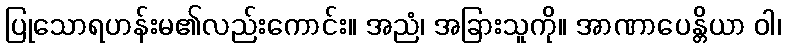
ပြုသောရဟန်းမ၏လည်းကောင်း။ အညံ၊ အခြားသူကို။ အာဏာပေန္တိယာ ဝါ၊